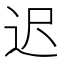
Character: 迟